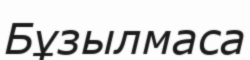
Бұзылмаса